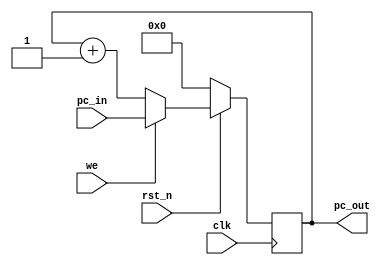
module pc(pc_in, pc_out, rst_n, clk, we);
	input rst_n, clk, we;
	input[8:0] pc_in;
	output[8:0] pc_out;
	reg[8:0] pc_out;

	always @(posedge clk)begin
	if (!rst_n)begin
	//reset
		pc_out <=0;
		end else begin
			if(we)begin
				pc_out <=pc_in;
			end else begin
				pc_out <= pc_out + 1;
			end
		end
	end
endmodule